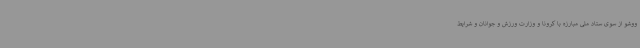
ووشو از سوی ستاد ملی مبارزه با کرونا و وزارت ورزش و جوانان و شرایط